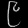
Digit: ၉